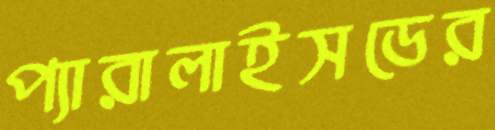
প্যারালাইসডের